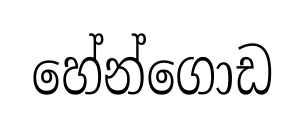
හේන්ගොඩ